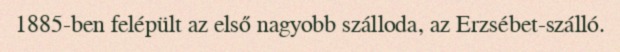
1885-ben felépült az első nagyobb szálloda, az Erzsébet-szálló.